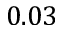
0 . 0 3